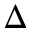
\Delta